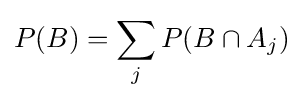
P(B)=\sum _{j}P(B\cap A_{j})